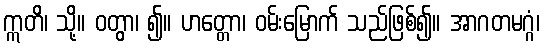
ဣတိ၊ သို့။ ဝတွာ၊ ၍။ ဟတ္တော၊ ဝမ်းမြောက် သည်ဖြစ်၍။ အာဂတမဂ္ဂံ၊